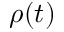
\rho ( t )